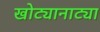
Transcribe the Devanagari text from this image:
खोट्यानाट्या